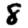
Digit: 8